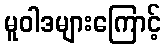
မူဝါဒများကြောင့်